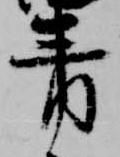
青